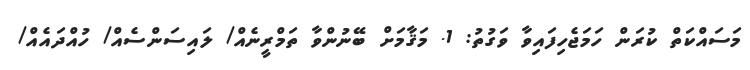
މަސައްކަތް ކުރަން ހަމަޖެހިފައިވާ ވަގުތު: 1. މަޤާމަށް ބޭނުންވާ ތަމްރީނެއް/ ލައިސަންސެއް/ ހުއްދައެއް/